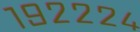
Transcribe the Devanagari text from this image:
१९२२२४